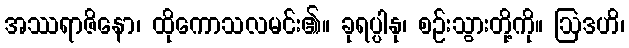
အဿရာဇိနော၊ ထိုကောသလမင်း၏။ ခုရပ္ပါနု၊ စဉ်းသွားတို့ကို။ ဩဒဟိ၊